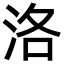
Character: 洛